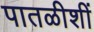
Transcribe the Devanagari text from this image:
पातळीशीं